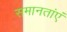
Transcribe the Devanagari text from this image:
समानतांएं